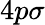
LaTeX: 4p\sigma